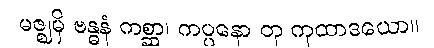
မဇ္ဈမှိ ဗန္ဓနံ ကစ္ဆာ၊ ကပ္ပနော တု ကုထာဒယော။